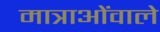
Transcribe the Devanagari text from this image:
मात्राओंवाले